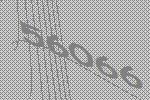
56066